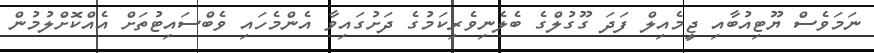
ނަމަވެސް ޔޫޓިއުބާއި ޖީމެއިލް ފަދަ ގޫގުލްގެ ބެލެނިވެރިކަމުގެ ދަށުގައިވާ އެންމެހައި ވެބްސައިޓުތަށް އެއްކޮށްލުމުން